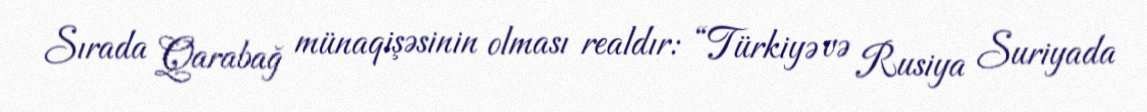
Sırada Qarabağ münaqişəsinin olması realdır: “Türkiyə və Rusiya Suriyada